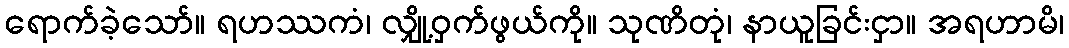
ရောက်ခဲ့သော်။ ရဟဿကံ၊ လျှို့ဝှက်ဖွယ်ကို။ သုဏိတုံ၊ နာယူခြင်းငှာ။ အရဟာမိ၊